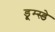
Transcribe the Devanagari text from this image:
डूम्स्डे